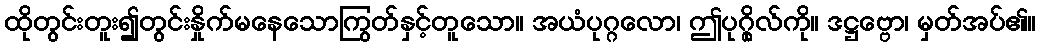
ထိုတွင်းတူး၍တွင်းနှိုက်မနေသောကြွတ်နှင့်တူသော။ အယံပုဂ္ဂလော၊ ဤပုဂ္ဂိုလ်ကို။ ဒဋ္ဌဗ္ဗော၊ မှတ်အပ်၏။